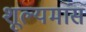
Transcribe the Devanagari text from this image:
शूल्यमांस